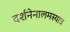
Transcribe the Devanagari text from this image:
दर्शनेनालमस्यात्र